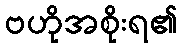
ဗဟိုအစိုးရ၏